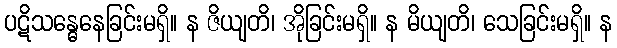
ပဋိသန္ဓေနေခြင်းမရှိ။ န ဇိယျတိ၊ အိုခြင်းမရှိ။ န မိယျတိ၊ သေခြင်းမရှိ။ န